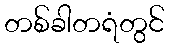
တစ်ခါတရံတွင်